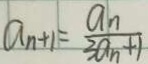
a _ { n + 1 } = \frac { a _ { n } } { 3 a _ { n } + 1 }